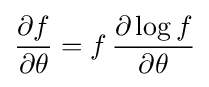
{\frac {\partial f}{\partial \theta }}=f\,{\frac {\partial \log f}{\partial \theta }}